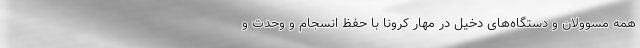
همه مسوولان و دستگاه‌های دخیل در مهار کرونا با حفظ انسجام و وحدت و